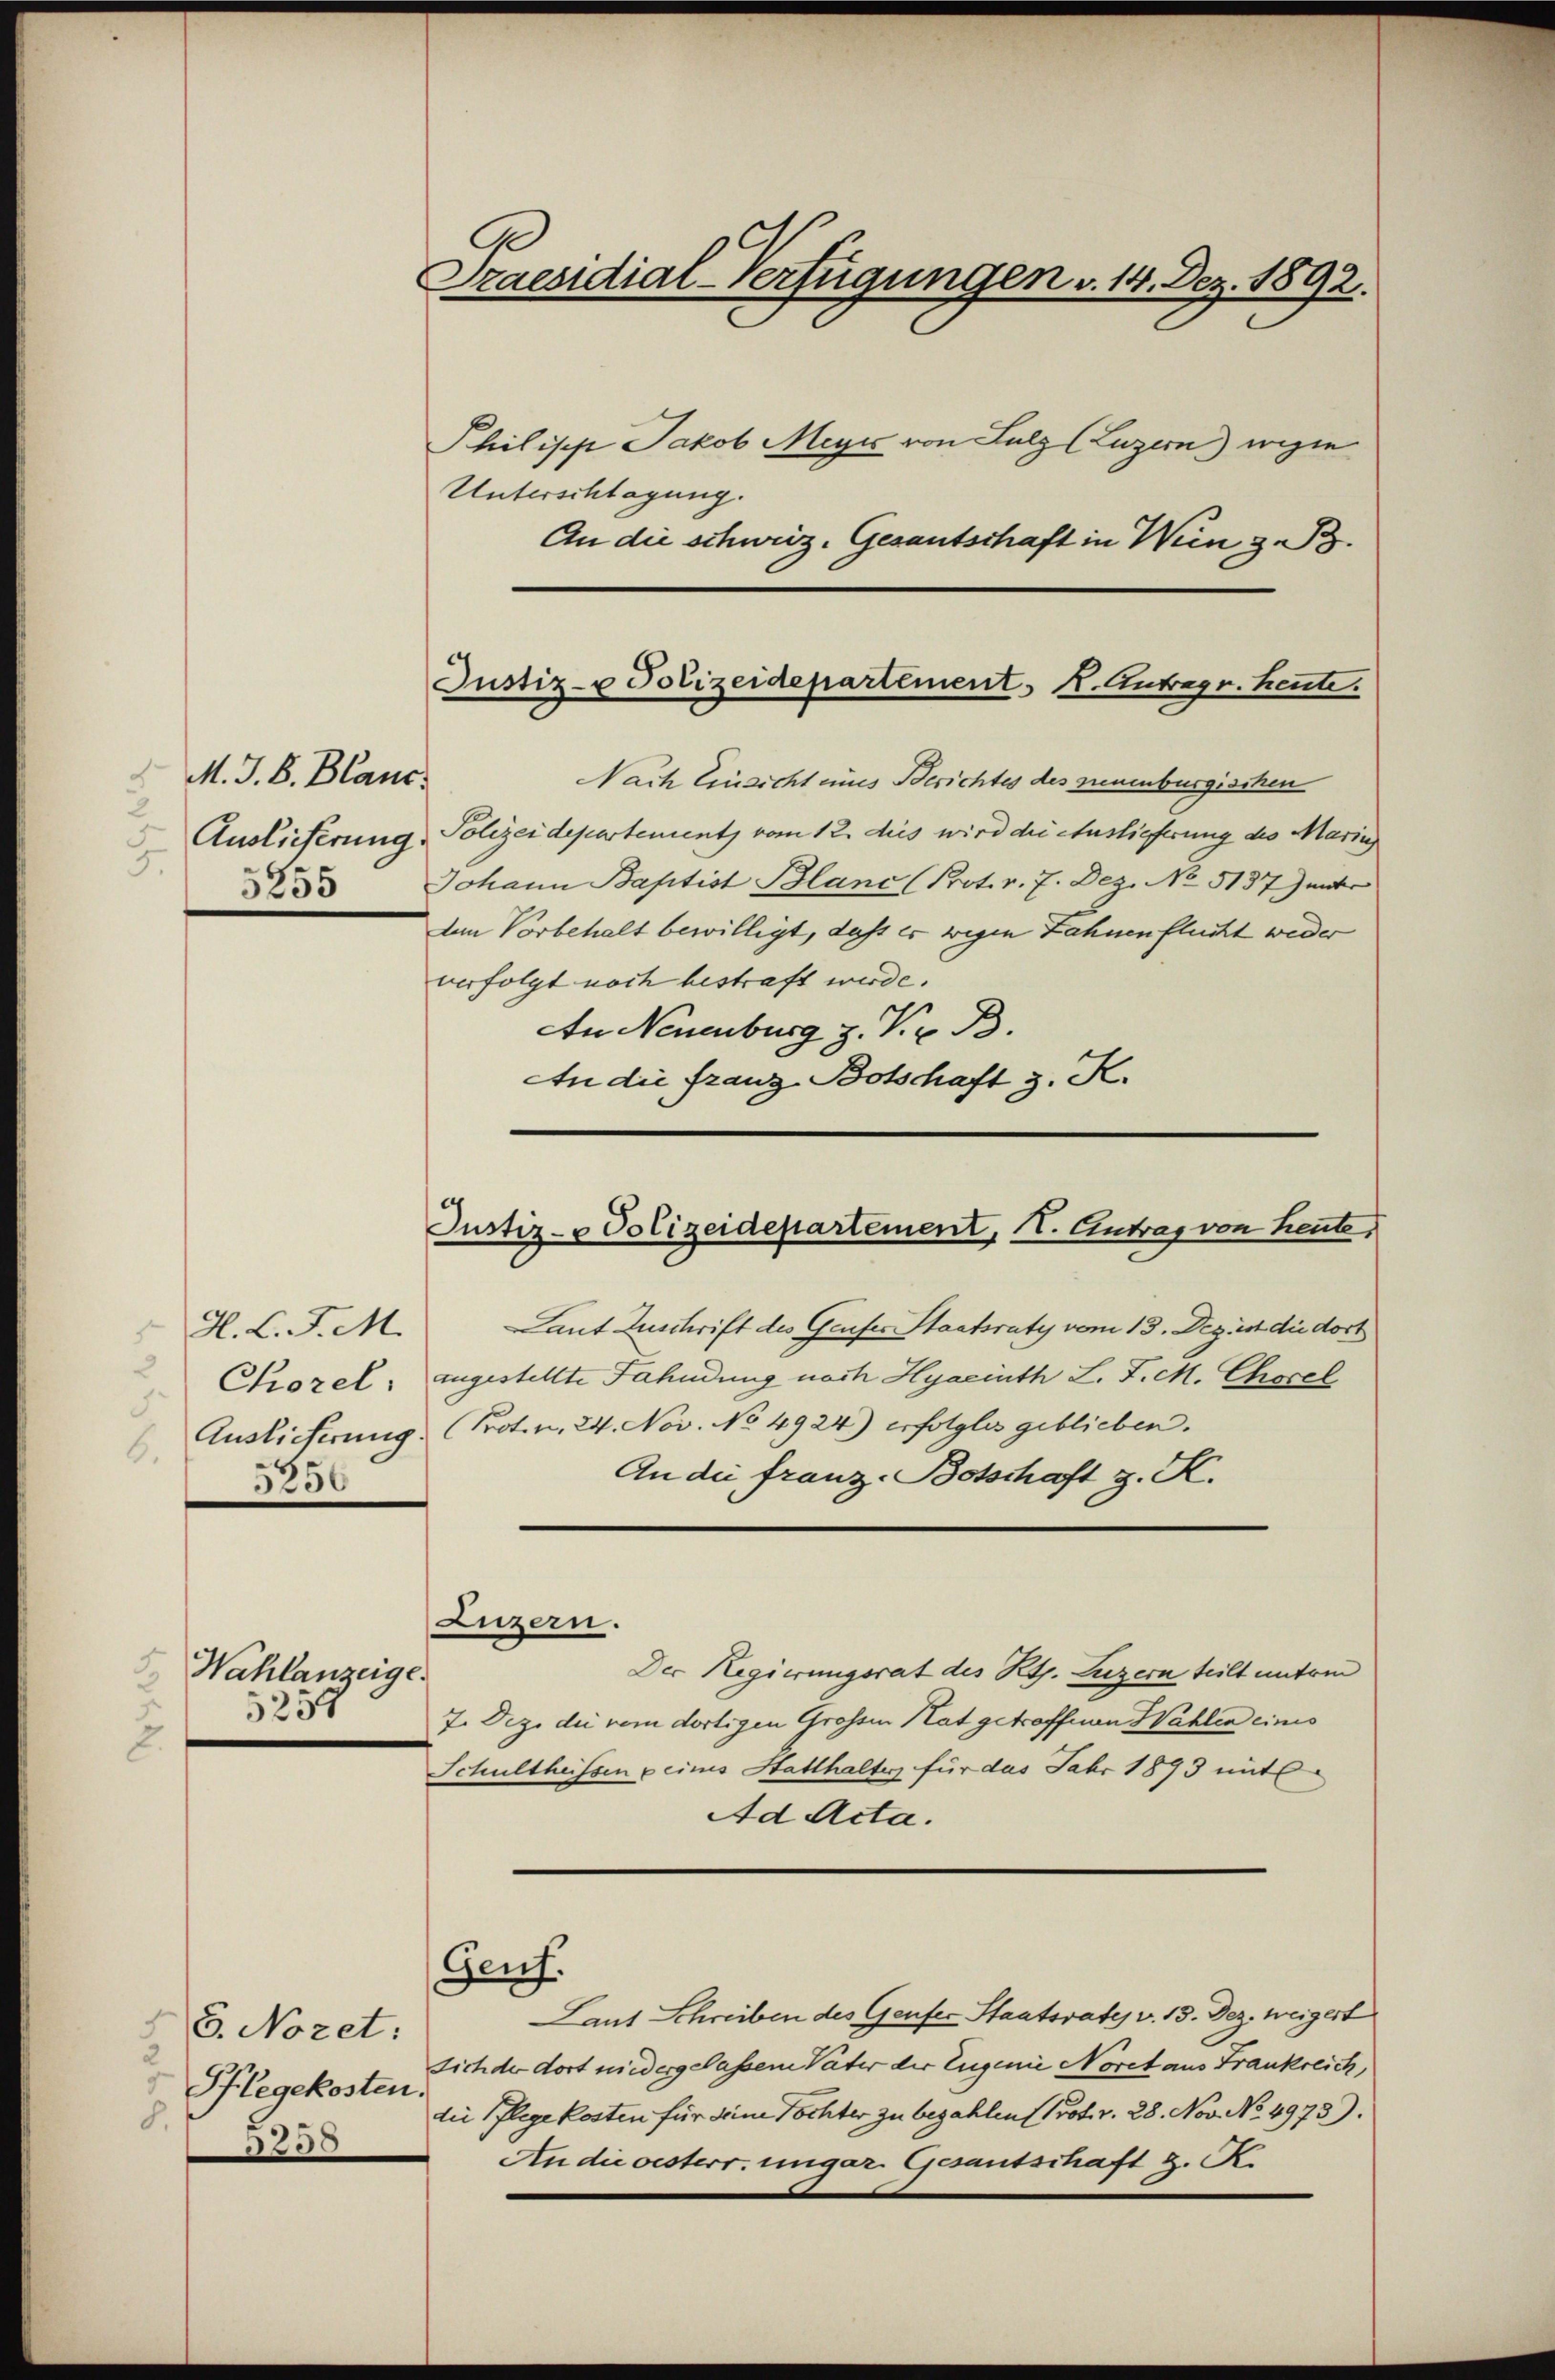
M. J. B. Blanc
2
Auslieferung.
5.
5255

Wahlanzeige.
3237

H.C. J. M.
Chorel
Auslieferung
5.
5256

Praesidial-Verfügungen v. 14. Dez. 1892.
Philipp Jakob Meyer von Sulz (Luzern) wegen

Unterschlagung.
An die schweiz. Gesantschaft in Wien z. B.

28. Nozet:
Pflegekosten
3250

Justiz- u Polizeidepartement. K. Antrag v. heute.

Nach Einsicht eines Berichtes des neuenburgischen
Polizeidepartement, vom 12. des wird die Auslieferung des Marin
Johann Baptist Blanc (Prot. v. 7. Dez. No 5137) unter
dem Vorbehalt bewilligt, dass es wegen Lahnen flucht weder
verfolgt noch bestraft werde.
An Neuenburg z. K. B.
An die Franz-Botschaft z. K.

Justiz- & Polizeidepartement, I. Antrag von heute,

Luzern.

Laut Zuschrift des Genfer Staatsraty vom 13. Dez. ist die dort
angestellte Fahndung nach Hyaceuth L. F. M. Chocel
(Proten. 24. Nov. No 4924) erfolglos geblieben.
An die franz-Botschaft z. K.
Der Regierungsrat des Kts. Luzern teilt untern
7. Dez. die vom dortigen Grossen Rat getroffenen Wahlen eines
Schultheissen u eines Statthalter für das Jahr 1893 mit
Ad Acta.
Genf.
Laut Schreiben des Genfer Staatsrates v. 13. Dez. Weigert
sich der dort niedergelassen Vater der Eugenie Noret aus Frankreich,
die Pflege kosten für deine Tochter zu bezahlen (Prot. v. 28. Nov. No. 4973).
An die oesterr. ungar. Gesantschaft z. R.